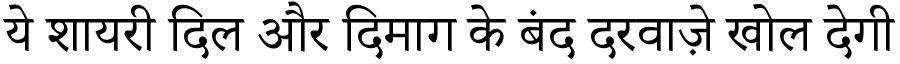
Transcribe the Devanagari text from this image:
ये शायरी दिल और दिमाग के बंद दरवाज़े खोल देगी